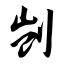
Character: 剀